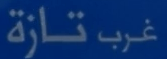
غرَب تازة